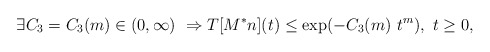
\begin{align*} \exists C_3 = C_3(m) \in (0,\infty) \ \Rightarrow T[M^*n](t) \le \exp(- C_3(m) \ t^m), \ t \ge 0,\end{align*}